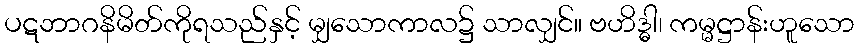
ပဋဘာဂနိမိတ်ကိုရသည်နှင့် မျှသောကာလ၌ သာလျှင်။ ဗဟိဒ္ဓါ၊ ကမ္မဋ္ဌာန်းဟူသော